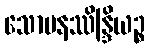
သောမနဿိန္ဒြိယဉ္စ